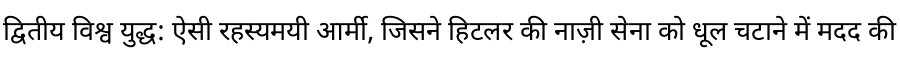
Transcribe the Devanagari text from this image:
द्वितीय विश्व युद्ध: ऐसी रहस्यमयी आर्मी, जिसने हिटलर की नाज़ी सेना को धूल चटाने में मदद की